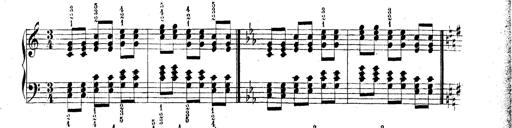
Title: Technische Studien
Composer: Franz Liszt